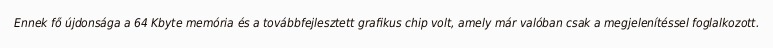
Ennek fő újdonsága a 64 Kbyte memória és a továbbfejlesztett grafikus chip volt, amely már valóban csak a megjelenítéssel foglalkozott.